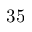
3 5